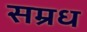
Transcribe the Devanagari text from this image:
सम्रध